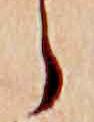
ら